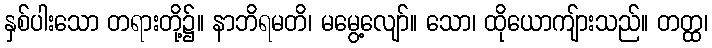
နှစ်ပါးသော တရားတို့၌။ နာဘိရမတိ၊ မမွေ့လျော်။ သော၊ ထိုယောကျ်ားသည်။ တတ္ထ၊